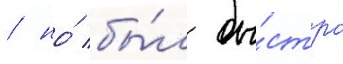
/ но́ бы́л бы́стро